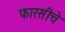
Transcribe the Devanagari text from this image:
फारसीचे